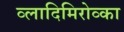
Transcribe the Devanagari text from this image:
व्लादिमिरोव्का